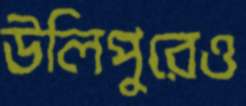
উলিপুরেও